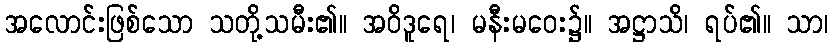
အလောင်းဖြစ်သော သတို့သမီး၏။ အဝိဒူရေ၊ မနီးမဝေး၌။ အဋ္ဌာသိ၊ ရပ်၏။ သာ၊